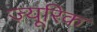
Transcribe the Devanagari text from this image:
ज़्यूरिक